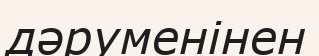
дәруменінен